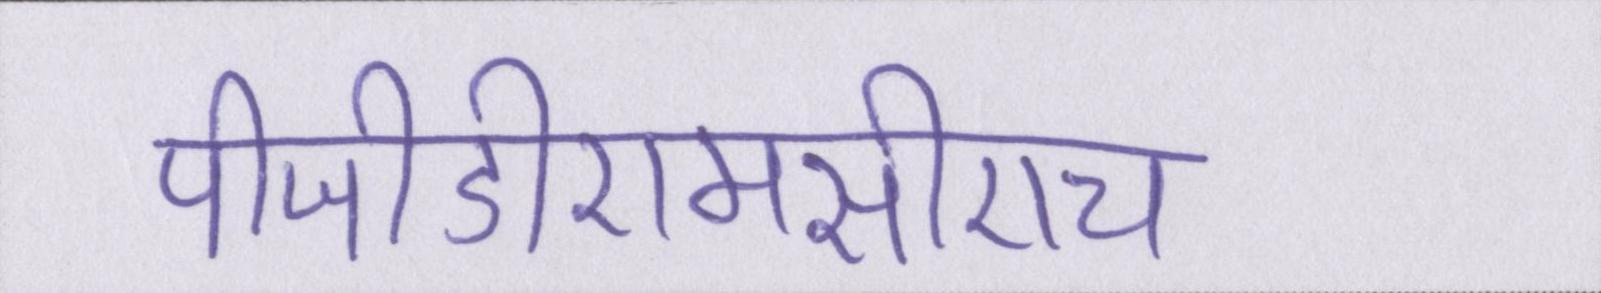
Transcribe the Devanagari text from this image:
पीजीडीएमसीएच